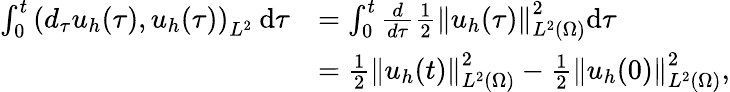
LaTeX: \begin{array}{rl}{\int_{0}^{t}\left(d_{\tau}u_{h}(\tau),u_{h}(\tau)\right)_{L^{2}}\: \mathrm{d}\tau}&{=\int_{0}^{t}\frac{d}{d\tau}\frac{1}{2}\left\lVert u_{h}(\tau)\right\rVert_{L^{2}(\Omega)}^{2}\mathrm{d}\tau}\\ &{=\frac 12\left\lVert u_{h}(t)\right\rVert_{L^{2}(\Omega)}^{2}-\frac 12\left\lVert u_{h}(0)\right\rVert_{L^{2}(\Omega)}^{2},}\end{array}